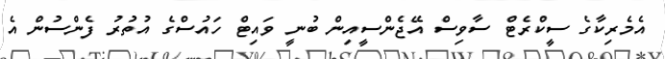
އެމެރިކާގެ ސީކްރެޓް ސާވިސް އޭޖެންސީއިން ބުނީ ވައިޓް ހައުސްގެ އުތުރު ފެންސުން އެ